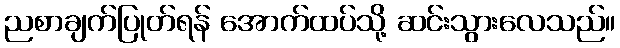
ညစာချက်ပြုတ်ရန် အောက်ထပ်သို့ ဆင်းသွားလေသည်။